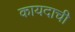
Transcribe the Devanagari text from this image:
कायदाची